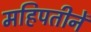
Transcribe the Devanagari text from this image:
महिपतीनें